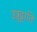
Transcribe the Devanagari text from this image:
उत्रृट्टाति